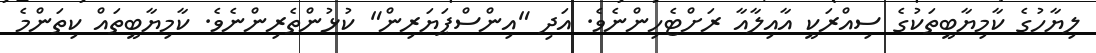
ލިޔާހުގެ ކާމިޔާބީތަކުގެ ސިއްރަކީ އާއިލާއާ ރަށްޓެހިންނެވެ. އަދި "އިންސްޕަޔަރިން" ކުޅުންތެރިންނެވެ. ކާމިޔާބީތައް ކިތަންމެ